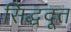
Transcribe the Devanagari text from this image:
सिद्धदूत